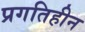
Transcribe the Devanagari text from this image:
प्रगतिहीन